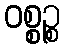
ဝစ္စဉ္စ